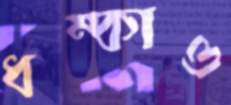
ধম্‌কাও